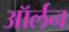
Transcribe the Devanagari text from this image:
ऑर्लन